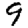
Digit: 9